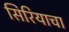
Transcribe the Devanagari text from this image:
सिरियाचा